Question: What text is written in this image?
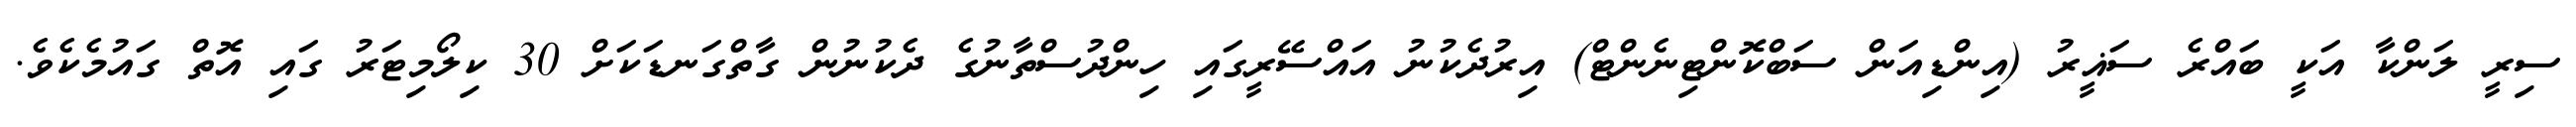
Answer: ސިރީ ލަންކާ އަކީ ބައްރެ ސަޣީރު (އިންޑިއަން ސަބްކޮންޓިނެންޓް) އިރުދެކުނު އައްސޭރީގައި ހިންދުސްތާނުގެ ދެކުނުން ގާތްގަނޑަކަށް 30 ކިލޯމިޓަރު ގައި އޮތް ގައުމެކެވެ.